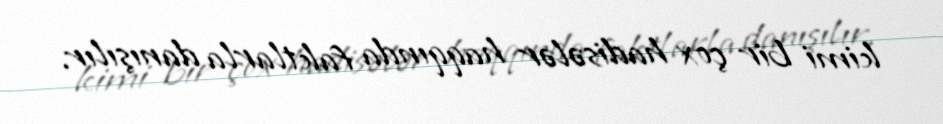
kimi bir çox hadisələr haqqında faktlarla danışılır.